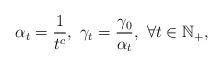
LaTeX: \begin{align*}\alpha_t=\frac{1}{t^{c}},~\gamma_t=\frac{\gamma_0}{\alpha_t},~\forall t\in\mathbb{N}_+,\end{align*}